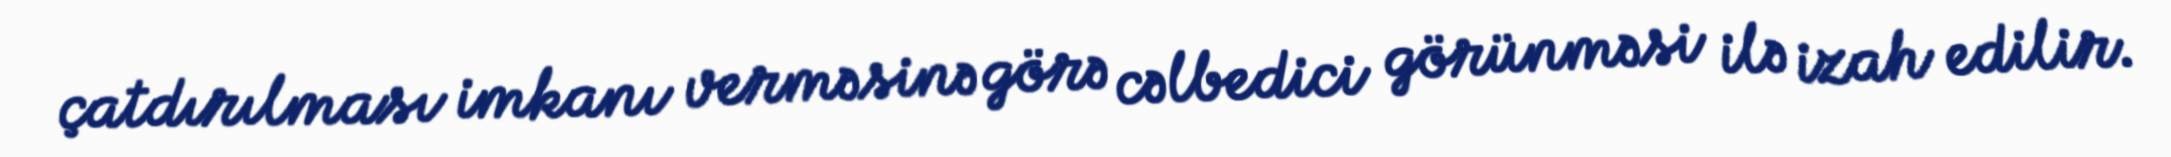
çatdırılması imkanı verməsinə görə cəlbedici görünməsi ilə izah edilir.